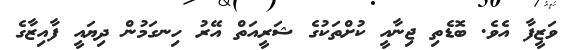
ވަޒީފާ އެވެ. ބޮޑެތި ޖިނާއީ ކުށްތަކުގެ ޝަރީއަތް އޭރު ހިނގަމުން ދިޔައީ ފާއިޒާގެ